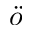
\ddot { o }